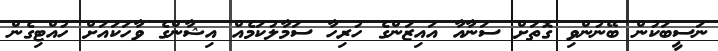
ނަސީބަކުން ބޭނުންވި ގޮތަށް ސަނާއާ އައިޒަންގެ ހުރިހާ ސަމާލުކަމެއް އިޝާންގެ ވާހަކައަށް ހުއްޓިގެން